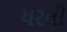
ધરતી